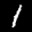
Label: 1